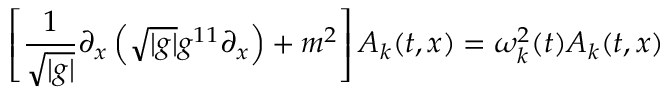
\left[ \frac { 1 } { \sqrt { | g | } } \partial _ { x } \left( \sqrt { | g | } g ^ { 1 1 } \partial _ { x } \right) + m ^ { 2 } \right] A _ { k } ( t , x ) = \omega _ { k } ^ { 2 } ( t ) A _ { k } ( t , x )